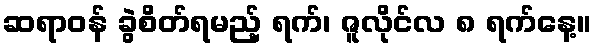
ဆရာဝန် ခွဲစိတ်ရမည့် ရက်၊ ဇူလိုင်လ ၈ ရက်နေ့။